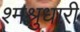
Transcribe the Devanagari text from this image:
श्मश्रुधारी